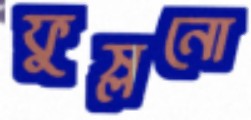
ফুস্‌লনো